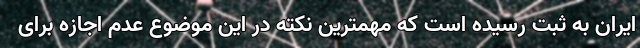
ایران به ثبت رسیده است که مهمترین نکته در این موضوع عدم اجازه برای